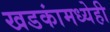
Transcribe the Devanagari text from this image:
खडकांमध्येही